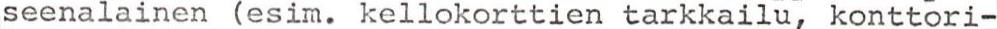
seenalainen (esim. kellokorttien tarkkailu, konttori-